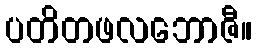
ပတိတဖလဘောဇီ။